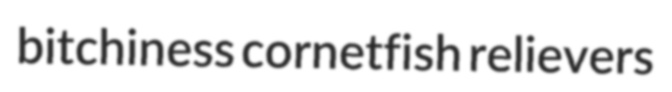
bitchiness cornetfish relievers